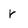
Character: r